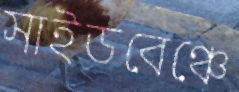
সাইডবেঞ্চে